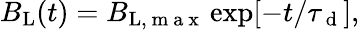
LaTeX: B_{\mathrm{L}}(t)=B_{\mathrm{L},\mathrm{~m~a~x~}}\exp[-t/\tau_{\mathrm{~d~}}],